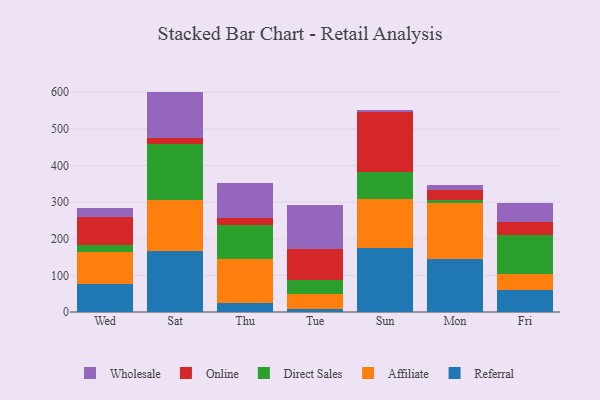
{"axis": {"x": "Day", "y": "Satisfaction Score"}, "legend": ["Affiliate", "Direct Sales", "Online", "Referral", "Wholesale"], "data": [{"x": "Wed", "y": 75.3, "type": "Referral"}, {"x": "Wed", "y": 87.4, "type": "Affiliate"}, {"x": "Wed", "y": 19.7, "type": "Direct Sales"}, {"x": "Wed", "y": 77.5, "type": "Online"}, {"x": "Wed", "y": 24.9, "type": "Wholesale"}, {"x": "Sat", "y": 166.0, "type": "Referral"}, {"x": "Sat", "y": 138.5, "type": "Affiliate"}, {"x": "Sat", "y": 154.8, "type": "Direct Sales"}, {"x": "Sat", "y": 14.7, "type": "Online"}, {"x": "Sat", "y": 127.7, "type": "Wholesale"}, {"x": "Thu", "y": 23.5, "type": "Referral"}, {"x": "Thu", "y": 122.4, "type": "Affiliate"}, {"x": "Thu", "y": 92.0, "type": "Direct Sales"}, {"x": "Thu", "y": 17.4, "type": "Online"}, {"x": "Thu", "y": 97.5, "type": "Wholesale"}, {"x": "Tue", "y": 8.7, "type": "Referral"}, {"x": "Tue", "y": 41.2, "type": "Affiliate"}, {"x": "Tue", "y": 38.0, "type": "Direct Sales"}, {"x": "Tue", "y": 83.5, "type": "Online"}, {"x": "Tue", "y": 119.6, "type": "Wholesale"}, {"x": "Sun", "y": 175.4, "type": "Referral"}, {"x": "Sun", "y": 131.9, "type": "Affiliate"}, {"x": "Sun", "y": 74.3, "type": "Direct Sales"}, {"x": "Sun", "y": 163.2, "type": "Online"}, {"x": "Sun", "y": 5.5, "type": "Wholesale"}, {"x": "Mon", "y": 143.7, "type": "Referral"}, {"x": "Mon", "y": 153.4, "type": "Affiliate"}, {"x": "Mon", "y": 8.2, "type": "Direct Sales"}, {"x": "Mon", "y": 28.1, "type": "Online"}, {"x": "Mon", "y": 13.1, "type": "Wholesale"}, {"x": "Fri", "y": 60.2, "type": "Referral"}, {"x": "Fri", "y": 44.9, "type": "Affiliate"}, {"x": "Fri", "y": 104.9, "type": "Direct Sales"}, {"x": "Fri", "y": 35.3, "type": "Online"}, {"x": "Fri", "y": 53.6, "type": "Wholesale"}]}